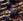
هي